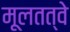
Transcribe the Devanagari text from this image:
मूलतत्वे